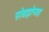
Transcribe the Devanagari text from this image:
संग्रहांच्या